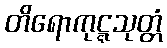
တိရောကုဋ္ဋသုတ္တံ